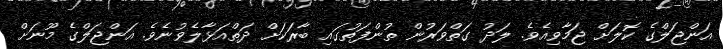
އަންޖަލްގެ ކޮލަށް ޖަމާވިއެވެ. ލަދު ގަތްވަރުން ތުންފަތުގައި ބާރަކަށް ދަތްއަޅާލެވުނެވެ. އަންޖަލްގެ މޫނަށް